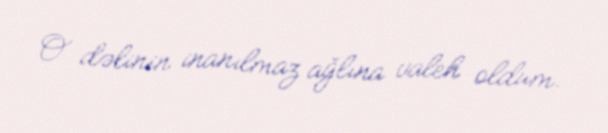
O dəlinin inanılmaz ağlına valeh oldum.